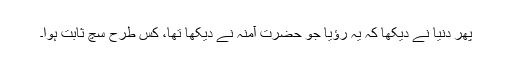
پھر دنیا نے دیکھا کہ یہ رؤیا جو حضرت آمنہ نے دیکھا تھا، کس طرح سچ ثابت ہوا۔